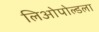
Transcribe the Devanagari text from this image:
लिओपोल्डला